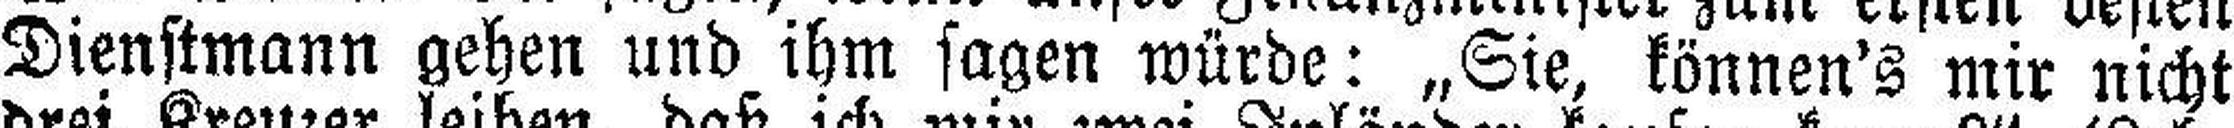
Dienstmann gehen und ihm sagen würde: „Sie, künnen's mir nicht